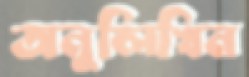
অনুলিখিন